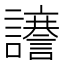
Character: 𮙆